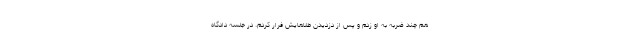
هم چند ضربه به او زدم و پس از دزدیدن طلاهایش فرار کردم. در جلسه دادگاه